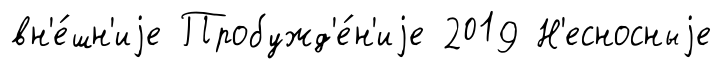
вн'е́шн'иjе Пробужд'е́н'иjе 2019 Н'есносныjе